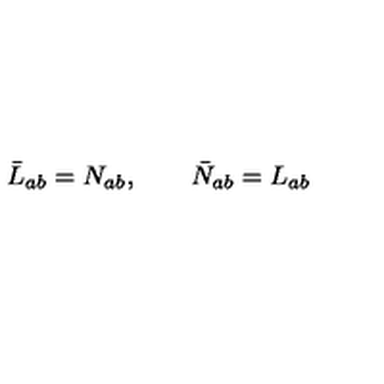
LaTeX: \bar { L } _ { a b } = N _ { a b } , \qquad \bar { N } _ { a b } = L _ { a b }